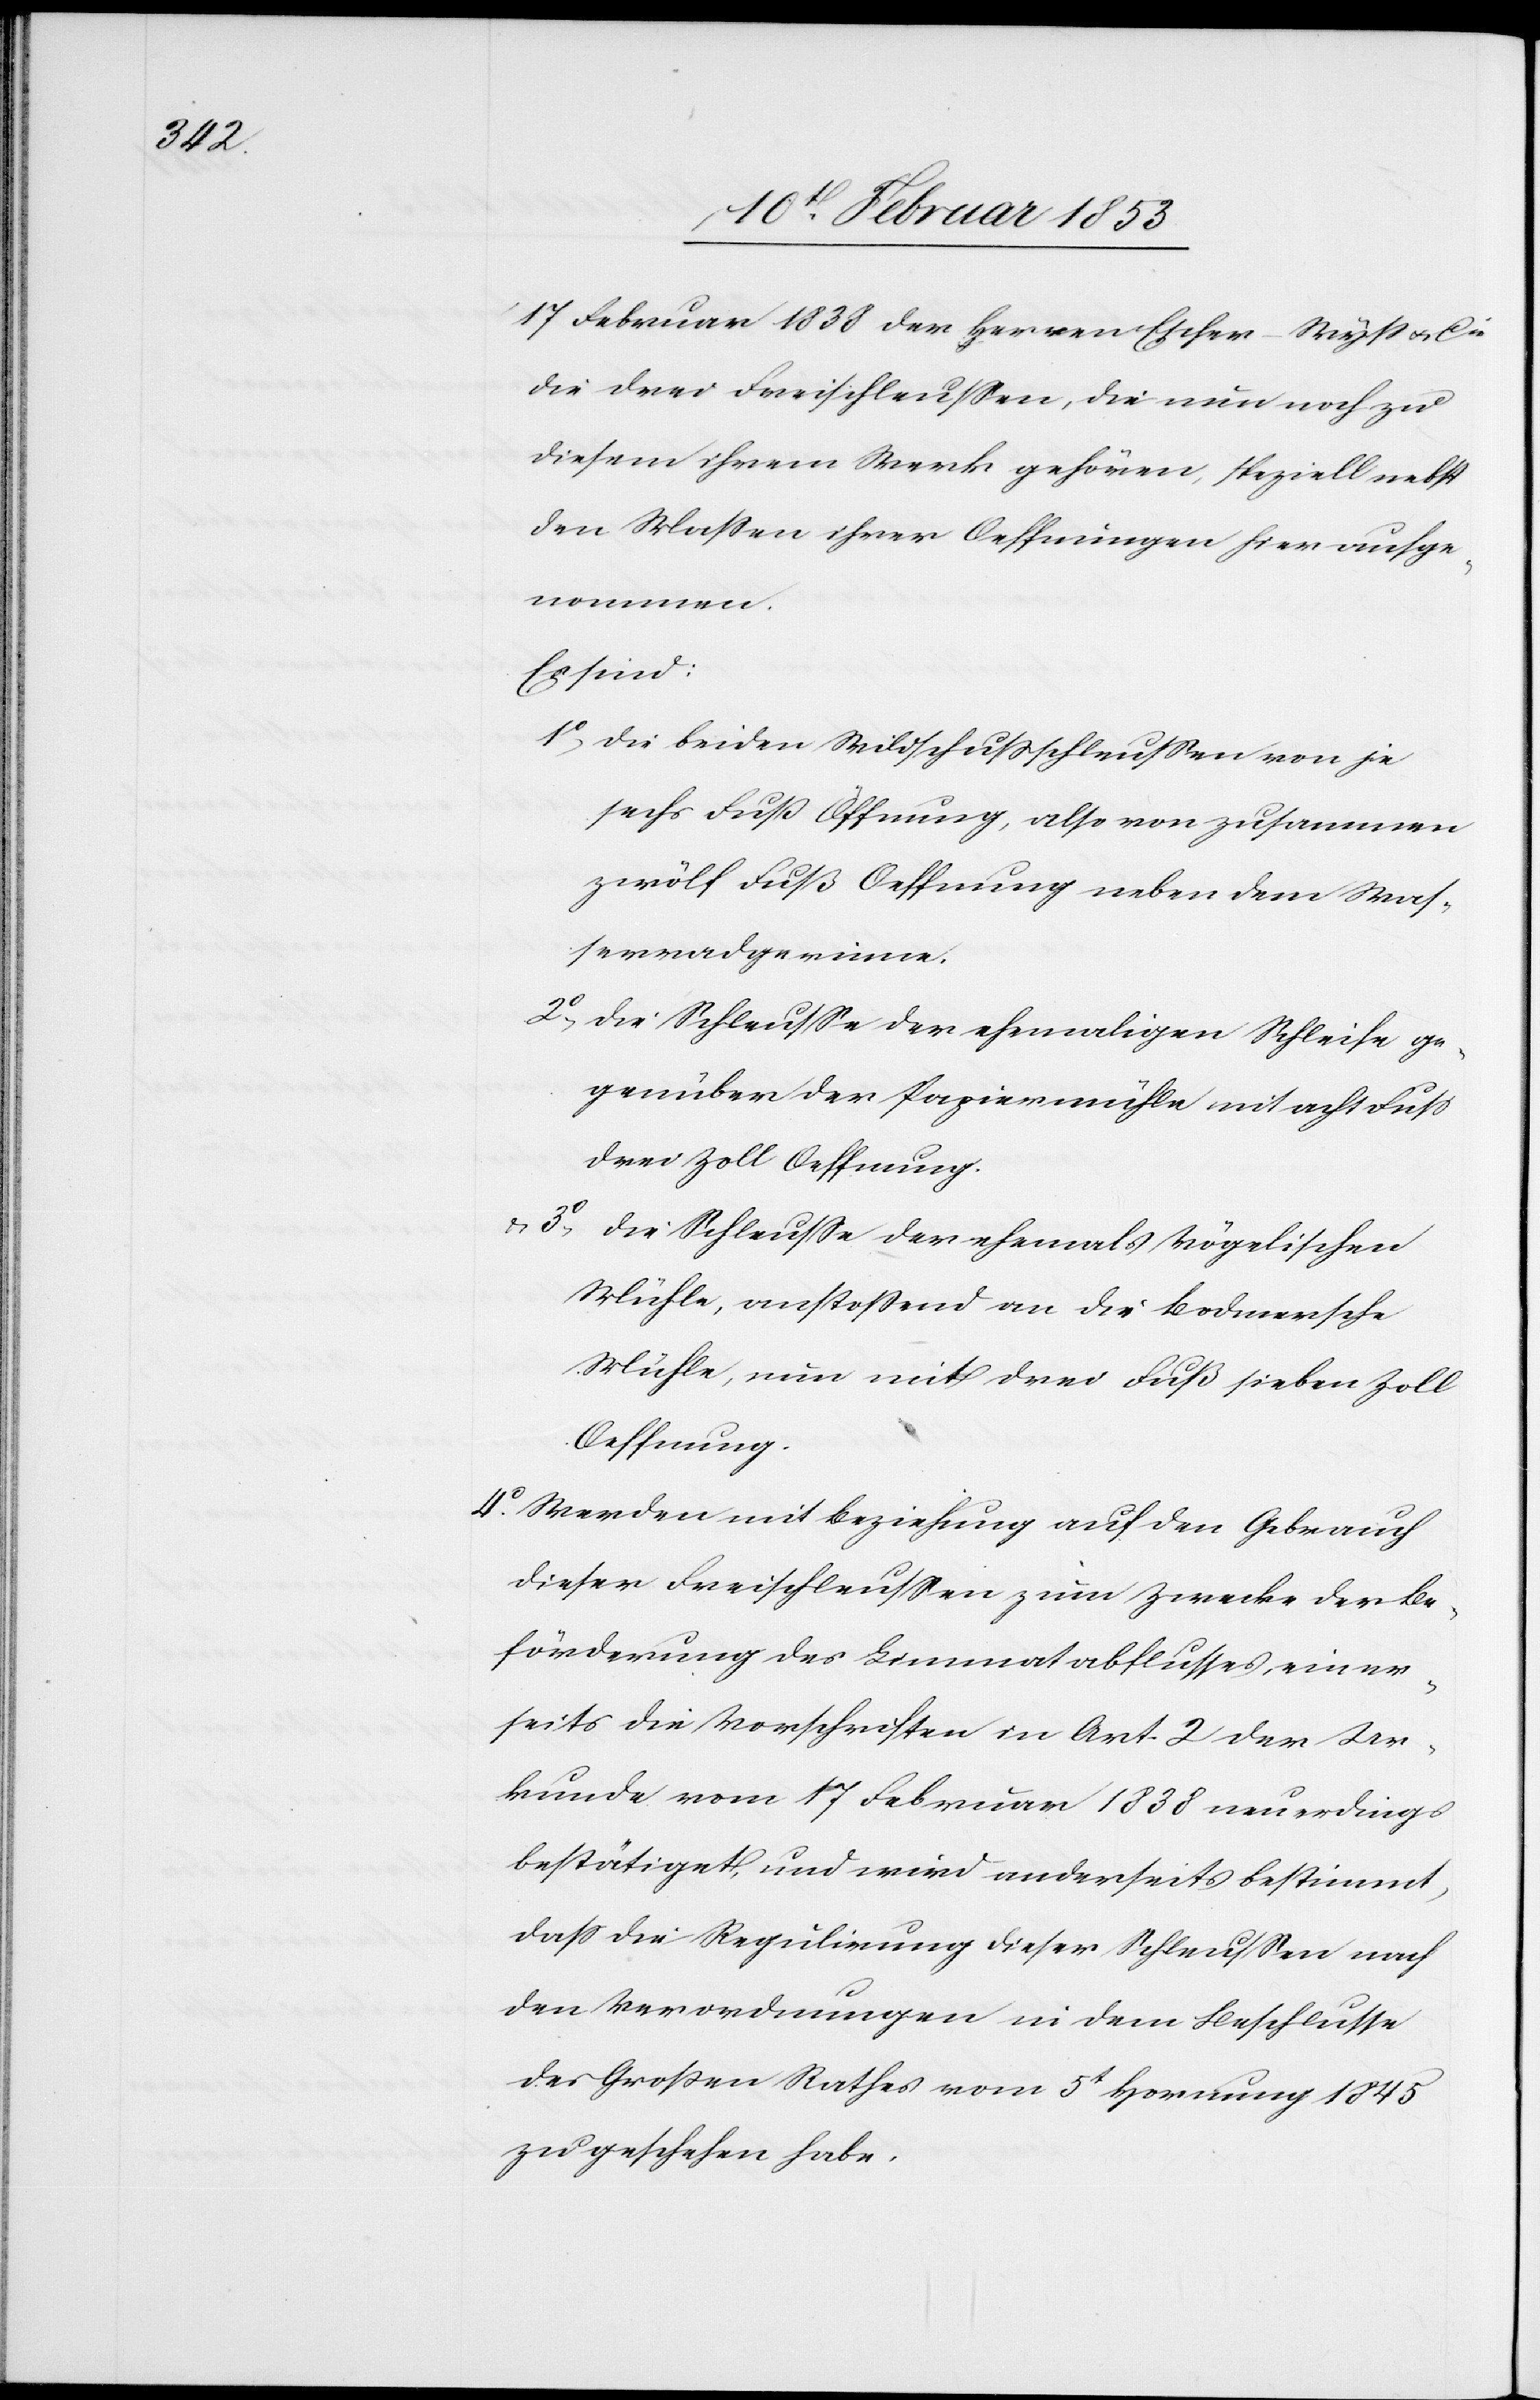
17 Februar 1838 der Herren Escher-Wyß u. Cie
die drei Freischleußen, die nun noch zu
diesem ihrem Werk gehören, speziell nebst
den Maßen ihrer Oeffnungen hier aufge¬
nommen.
Es sind:
1°, Die beiden Wildschußschleußen von je
sechs Fuß Oeffnung, also von zusammen
zwölf Fuß Oeffnung neben dem Was¬
serradgewinne.
2°, Die Schleuße der ehemaligen Schleife ge¬
genüber der Papiermühle mit acht Fuß
drei Zoll Oeffnung.
u. 3°, Die Schleuße der ehemals vögelischen
Mühle, anstoßend an die Bodmersche
Mühle, nun mit drei Fuß sieben Zoll
Oeffnung.
4° Werden mit Beziehung auf den Gebrauch
dieser Freischleußen zum Zwecke der Be¬
förderung des Limmatabflusses, einer¬
seits die Vorschriften in Ant. 2 der Ur¬
kunde vom 17 Februar 1838 neuerdings
bestätiget, und wird anderseits bestimmt,
daß die Regulirung dieser Schleußen auf
den Verordnungen in dem Beschlusse
des Großen Rathes vom 5t. Hornung 1845
zu geschehen habe.